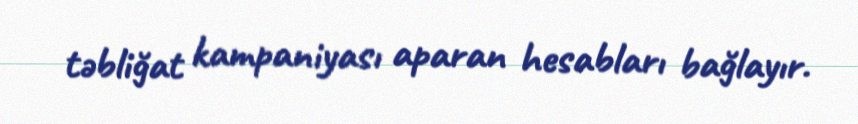
təbliğat kampaniyası aparan hesabları bağlayır.